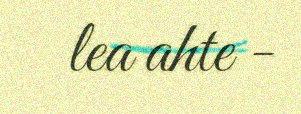
lea ahte -